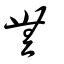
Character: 𣑨